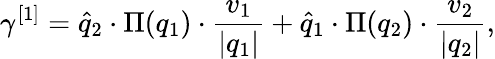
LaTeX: \gamma^{[1]}=\widehat{q}_{2}\cdot\Pi(q_{1})\cdot\frac{v_{1}}{\vert q_{1}\vert}+\widehat{q}_{1}\cdot\Pi(q_{2})\cdot\frac{v_{2}}{\vert q_{2}\vert},